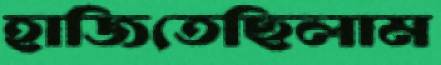
হাজিতেছিলাম